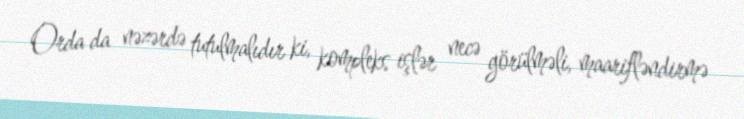
Orda da nəzərdə tutulmalıdır ki, kompleks işlər necə görülməli, maarifləndirmə